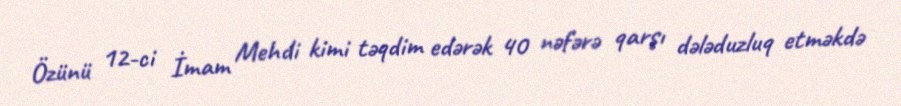
Özünü 12-ci İmam Mehdi kimi təqdim edərək 40 nəfərə qarşı dələduzluq etməkdə